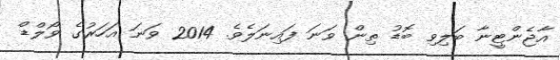
އާޖެންޓީނާ ބަލިވި ބޮޑު ތިން ވަނަ ފައިނަލެވެ. 2014 ވަނަ އަހަރުގެ ވޯލްޑް